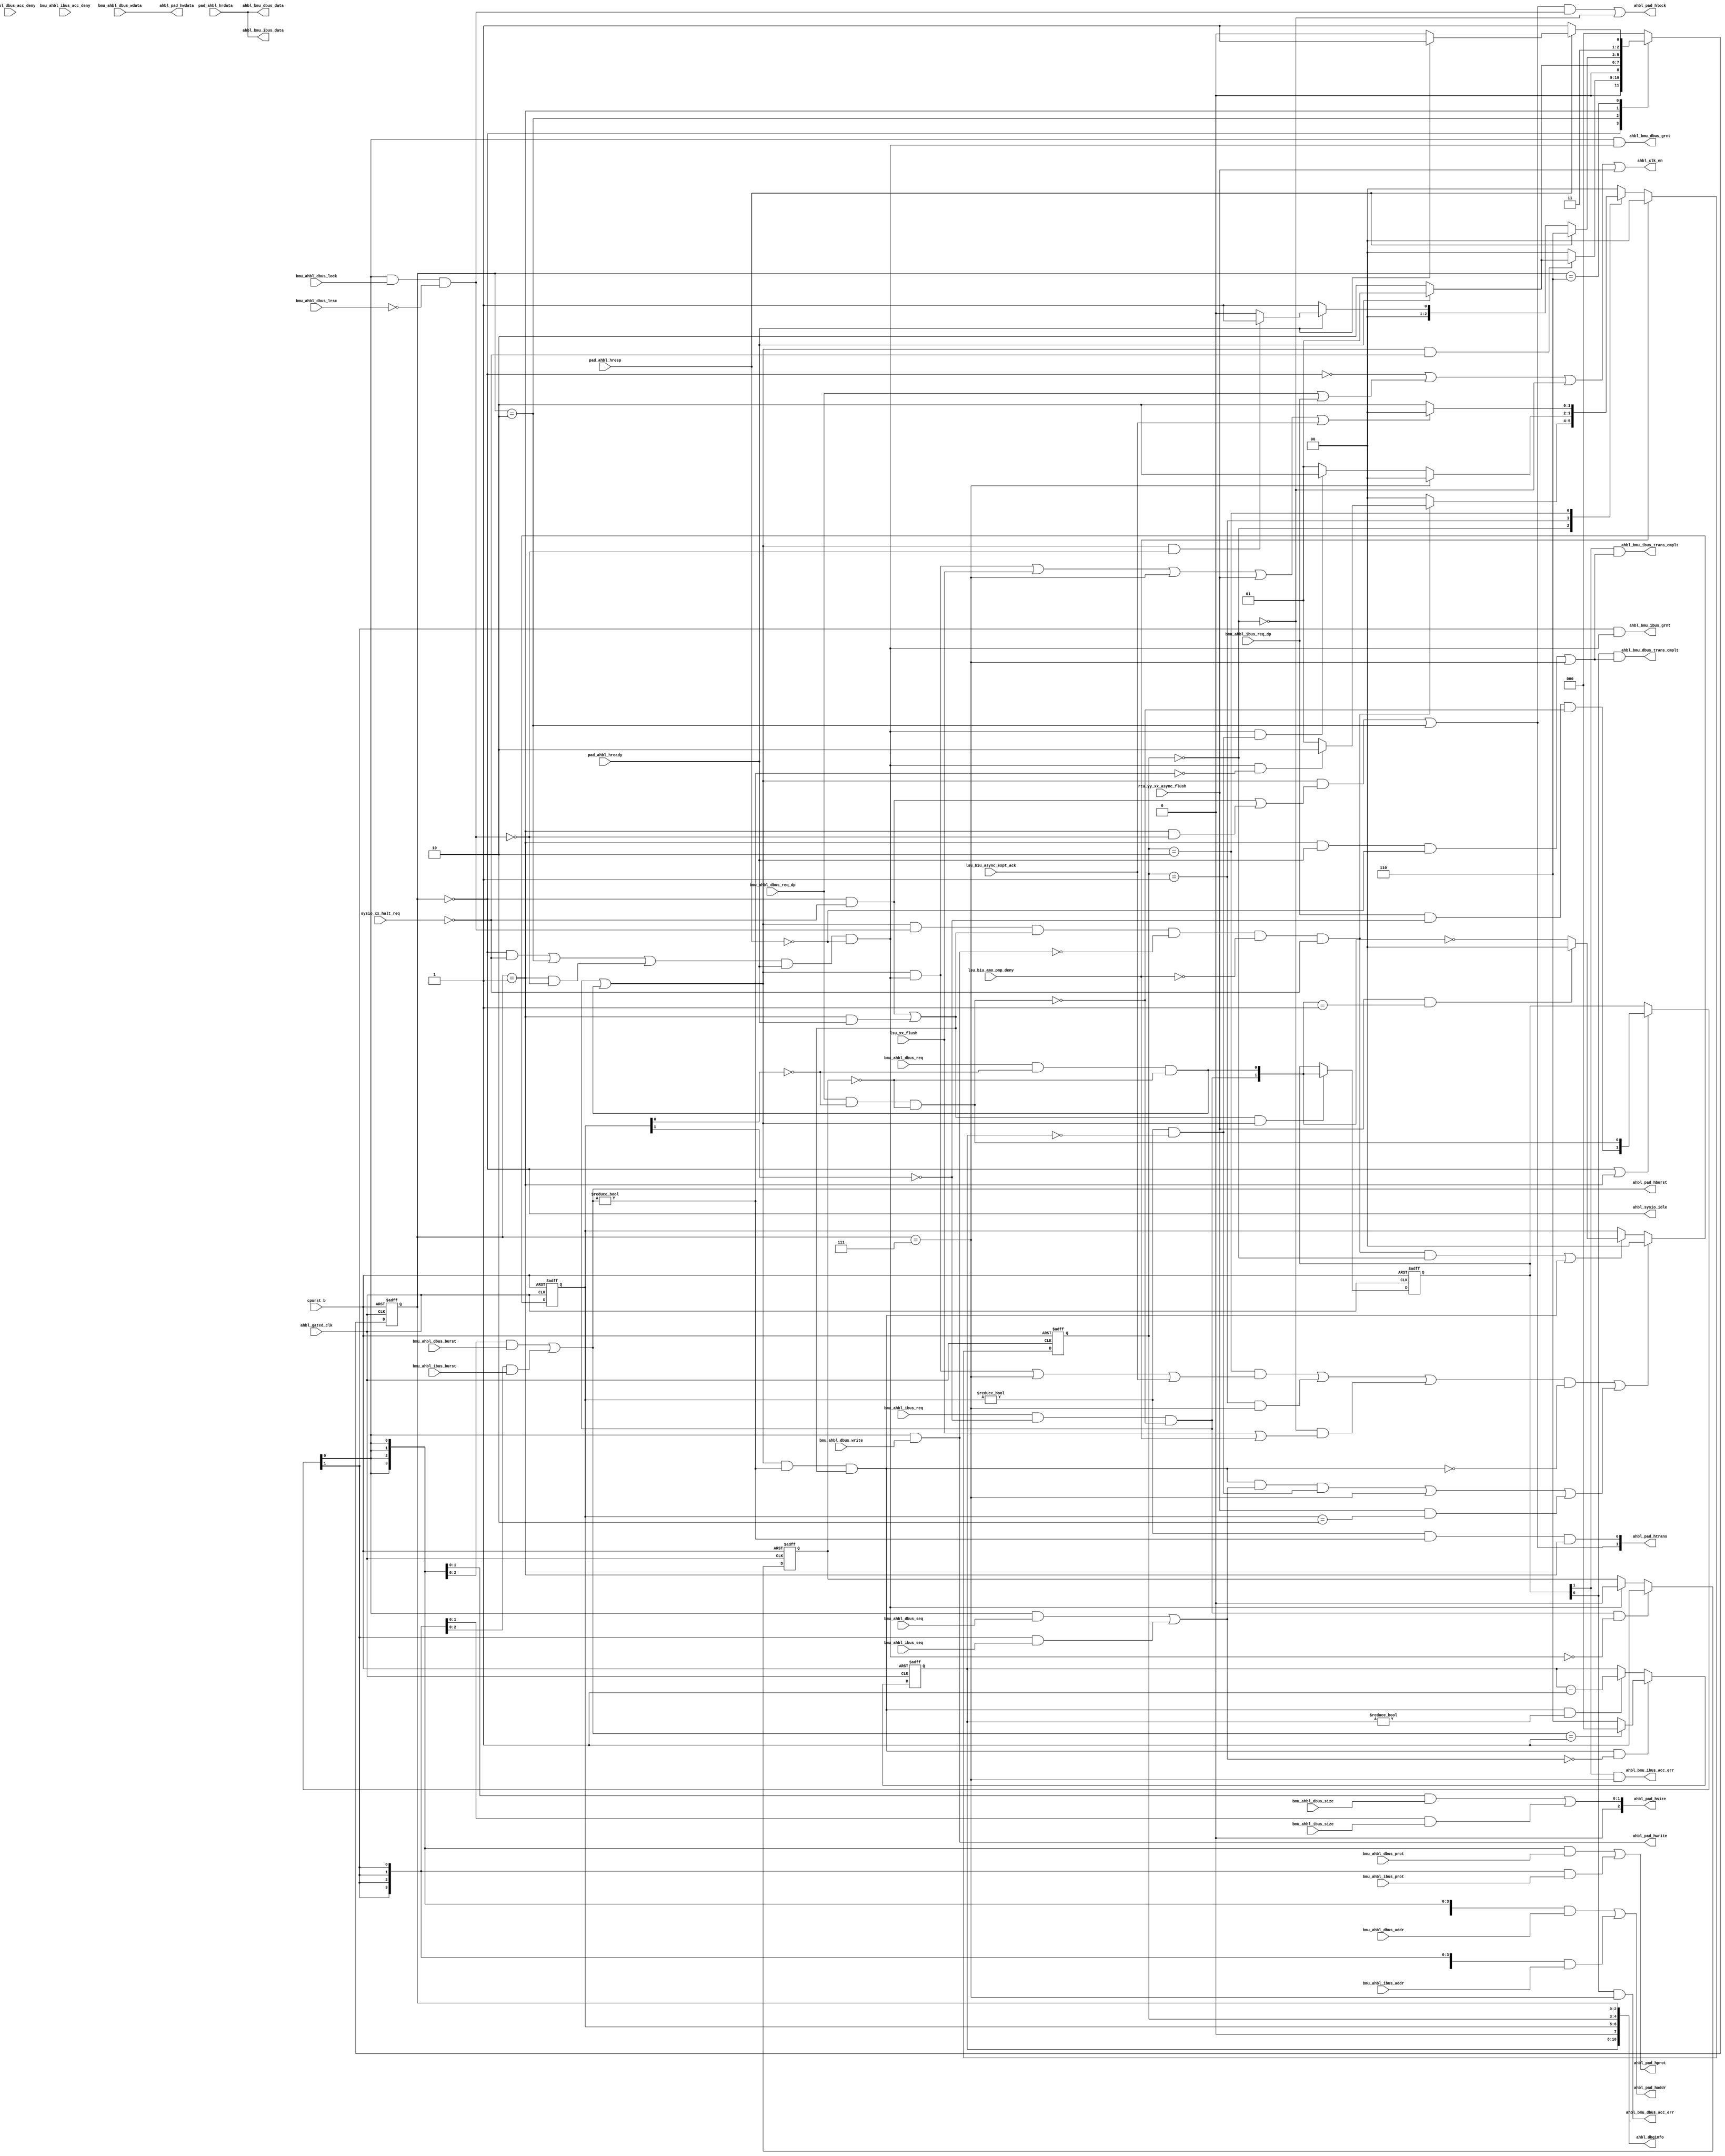
/*Copyright 2020-2021 T-Head Semiconductor Co., Ltd.

Licensed under the Apache License, Version 2.0 (the "License");
you may not use this file except in compliance with the License.
You may obtain a copy of the License at

    http://www.apache.org/licenses/LICENSE-2.0

Unless required by applicable law or agreed to in writing, software
distributed under the License is distributed on an "AS IS" BASIS,
WITHOUT WARRANTIES OR CONDITIONS OF ANY KIND, either express or implied.
See the License for the specific language governing permissions and
limitations under the License.
*/

// &ModuleBeg; @23
module pa_ahbl_if(
  ahbl_bmu_dbus_acc_err,
  ahbl_bmu_dbus_data,
  ahbl_bmu_dbus_grnt,
  ahbl_bmu_dbus_trans_cmplt,
  ahbl_bmu_ibus_acc_err,
  ahbl_bmu_ibus_data,
  ahbl_bmu_ibus_grnt,
  ahbl_bmu_ibus_trans_cmplt,
  ahbl_clk_en,
  ahbl_dbginfo,
  ahbl_gated_clk,
  ahbl_pad_haddr,
  ahbl_pad_hburst,
  ahbl_pad_hlock,
  ahbl_pad_hprot,
  ahbl_pad_hsize,
  ahbl_pad_htrans,
  ahbl_pad_hwdata,
  ahbl_pad_hwrite,
  ahbl_sysio_idle,
  bmu_ahbl_dbus_acc_deny,
  bmu_ahbl_dbus_addr,
  bmu_ahbl_dbus_burst,
  bmu_ahbl_dbus_lock,
  bmu_ahbl_dbus_lrsc,
  bmu_ahbl_dbus_prot,
  bmu_ahbl_dbus_req,
  bmu_ahbl_dbus_req_dp,
  bmu_ahbl_dbus_seq,
  bmu_ahbl_dbus_size,
  bmu_ahbl_dbus_wdata,
  bmu_ahbl_dbus_write,
  bmu_ahbl_ibus_acc_deny,
  bmu_ahbl_ibus_addr,
  bmu_ahbl_ibus_burst,
  bmu_ahbl_ibus_prot,
  bmu_ahbl_ibus_req,
  bmu_ahbl_ibus_req_dp,
  bmu_ahbl_ibus_seq,
  bmu_ahbl_ibus_size,
  cpurst_b,
  lsu_biu_amo_pmp_deny,
  lsu_biu_async_expt_ack,
  lsu_xx_flush,
  pad_ahbl_hrdata,
  pad_ahbl_hready,
  pad_ahbl_hresp,
  rtu_yy_xx_async_flush,
  sysio_xx_halt_req
);

// &Ports; @24
input           ahbl_gated_clk;           
input           bmu_ahbl_dbus_acc_deny;   
input   [31:0]  bmu_ahbl_dbus_addr;       
input   [2 :0]  bmu_ahbl_dbus_burst;      
input           bmu_ahbl_dbus_lock;       
input           bmu_ahbl_dbus_lrsc;       
input   [3 :0]  bmu_ahbl_dbus_prot;       
input           bmu_ahbl_dbus_req;        
input           bmu_ahbl_dbus_req_dp;     
input           bmu_ahbl_dbus_seq;        
input   [1 :0]  bmu_ahbl_dbus_size;       
input   [31:0]  bmu_ahbl_dbus_wdata;      
input           bmu_ahbl_dbus_write;      
input           bmu_ahbl_ibus_acc_deny;   
input   [31:0]  bmu_ahbl_ibus_addr;       
input   [2 :0]  bmu_ahbl_ibus_burst;      
input   [3 :0]  bmu_ahbl_ibus_prot;       
input           bmu_ahbl_ibus_req;        
input           bmu_ahbl_ibus_req_dp;     
input           bmu_ahbl_ibus_seq;        
input   [1 :0]  bmu_ahbl_ibus_size;       
input           cpurst_b;                 
input           lsu_biu_amo_pmp_deny;     
input           lsu_biu_async_expt_ack;   
input           lsu_xx_flush;             
input   [31:0]  pad_ahbl_hrdata;          
input           pad_ahbl_hready;          
input           pad_ahbl_hresp;           
input           rtu_yy_xx_async_flush;    
input           sysio_xx_halt_req;        
output          ahbl_bmu_dbus_acc_err;    
output  [31:0]  ahbl_bmu_dbus_data;       
output          ahbl_bmu_dbus_grnt;       
output          ahbl_bmu_dbus_trans_cmplt; 
output          ahbl_bmu_ibus_acc_err;    
output  [31:0]  ahbl_bmu_ibus_data;       
output          ahbl_bmu_ibus_grnt;       
output          ahbl_bmu_ibus_trans_cmplt; 
output          ahbl_clk_en;              
output  [10:0]  ahbl_dbginfo;             
output  [31:0]  ahbl_pad_haddr;           
output  [2 :0]  ahbl_pad_hburst;          
output          ahbl_pad_hlock;           
output  [3 :0]  ahbl_pad_hprot;           
output  [2 :0]  ahbl_pad_hsize;           
output  [1 :0]  ahbl_pad_htrans;          
output  [31:0]  ahbl_pad_hwdata;          
output          ahbl_pad_hwrite;          
output          ahbl_sysio_idle;          

// &Regs; @25
reg     [2 :0]  ahblif_cur_state;         
reg     [2 :0]  ahblif_nxt_state;         
reg     [2 :0]  burst_cnt;                
reg             ibus_not_grant;           
reg     [1 :0]  lock_cur_state;           
reg     [1 :0]  lock_next_state;          
reg     [1 :0]  req_mask;                 
reg     [1 :0]  req_sel;                  

// &Wires; @26
wire            acc_err;                  
wire            ahbl_bmu_dbus_acc_err;    
wire    [31:0]  ahbl_bmu_dbus_data;       
wire            ahbl_bmu_dbus_grnt;       
wire            ahbl_bmu_dbus_trans_cmplt; 
wire            ahbl_bmu_ibus_acc_err;    
wire    [31:0]  ahbl_bmu_ibus_data;       
wire            ahbl_bmu_ibus_grnt;       
wire            ahbl_bmu_ibus_trans_cmplt; 
wire            ahbl_clk_en;              
wire    [10:0]  ahbl_dbginfo;             
wire            ahbl_gated_clk;           
wire    [31:0]  ahbl_pad_haddr;           
wire    [2 :0]  ahbl_pad_hburst;          
wire            ahbl_pad_hlock;           
wire    [3 :0]  ahbl_pad_hprot;           
wire    [2 :0]  ahbl_pad_hsize;           
wire    [1 :0]  ahbl_pad_htrans;          
wire    [31:0]  ahbl_pad_hwdata;          
wire            ahbl_pad_hwrite;          
wire            ahbl_sysio_idle;          
wire            ahblif_req_idle;          
wire            ahblif_req_idle_dp;       
wire    [31:0]  bmu_ahbl_dbus_addr;       
wire    [2 :0]  bmu_ahbl_dbus_burst;      
wire            bmu_ahbl_dbus_lock;       
wire            bmu_ahbl_dbus_lrsc;       
wire    [3 :0]  bmu_ahbl_dbus_prot;       
wire            bmu_ahbl_dbus_req;        
wire            bmu_ahbl_dbus_req_dp;     
wire            bmu_ahbl_dbus_seq;        
wire    [1 :0]  bmu_ahbl_dbus_size;       
wire    [31:0]  bmu_ahbl_dbus_wdata;      
wire            bmu_ahbl_dbus_write;      
wire    [31:0]  bmu_ahbl_ibus_addr;       
wire    [2 :0]  bmu_ahbl_ibus_burst;      
wire    [3 :0]  bmu_ahbl_ibus_prot;       
wire            bmu_ahbl_ibus_req;        
wire            bmu_ahbl_ibus_req_dp;     
wire            bmu_ahbl_ibus_seq;        
wire    [1 :0]  bmu_ahbl_ibus_size;       
wire            burst_clr;                
wire            burst_req;                
wire    [31:0]  bus_rdata;                
wire            bus_ready;                
wire            bus_resp;                 
wire    [31:0]  cpu_addr;                 
wire    [2 :0]  cpu_burst;                
wire            cpu_burst_vld;            
wire            cpu_lock;                 
wire    [3 :0]  cpu_prot;                 
wire            cpu_req;                  
wire            cpu_req_gate;             
wire            cpu_seq;                  
wire    [1 :0]  cpu_size;                 
wire    [31:0]  cpu_wdata;                
wire            cpu_write;                
wire            cpurst_b;                 
wire            dbus_req;                 
wire            dbus_sel;                 
wire            dbus_sel_raw;             
wire            ibus_req;                 
wire            ibus_sel;                 
wire            ibus_sel_raw;             
wire            inc2;                     
wire    [2 :0]  init_cnt_inc;             
wire            lock_clr;                 
wire            lock_cur_idle;            
wire            lock_req_vld;             
wire            lsu_biu_amo_pmp_deny;     
wire            lsu_biu_async_expt_ack;   
wire            lsu_xx_flush;             
wire    [31:0]  pad_ahbl_hrdata;          
wire            pad_ahbl_hready;          
wire            pad_ahbl_hresp;           
wire            req_grnt;                 
wire            req_last;                 
wire    [1 :0]  req_mask_raw;             
wire            req_mask_vld;             
wire    [1 :0]  req_sel_dp;               
wire    [1 :0]  req_valid;                
wire    [1 :0]  req_valid_dp;             
wire            rtu_yy_xx_async_flush;    
wire            sysio_xx_halt_req;        
wire            trans_cmplt;              


parameter DATA_WIDTH = 32;

//==============================================================================
//
//                 AHB LITE master interface FSM
//
//==============================================================================
//1. control one transfer: SINGLE
//2. generate control signals for AHB LITE control signals: HTRANS, HCTRL

//===================================================================
//     parameter description
//IDLE  : wait for the cpu request; when cpu has request and hready, 
//        control information is put on the AHB LITE in this state.
//WFD   : wait for the data from the AHB LITE; if back-to-back 
//        transfer occur, the fsm will stay in the state.
//ERROR : wait for the second phase of the two signal error response.
//ERROR1: generate the error vld signal to cpu.
//===================================================================
parameter IDLE   = 3'b000,
          WFG    = 3'b010,
          WFD    = 3'b001,
          ERROR1 = 3'b110,
          ERROR2 = 3'b111;

//==========================================================
//     FSM main body
//==========================================================
always@(posedge ahbl_gated_clk or negedge cpurst_b)
begin
  if(!cpurst_b)
    ahblif_cur_state[2:0] <= IDLE;
  else
    ahblif_cur_state[2:0] <= ahblif_nxt_state[2:0];
end 

// &CombBeg; @64
always @( bus_ready
       or cpu_req
       or sysio_xx_halt_req
       or bus_resp
       or ahblif_cur_state[2:0]
       or cpu_lock)
begin
case(ahblif_cur_state[2:0])
  IDLE: 
  begin
    if(cpu_req & !sysio_xx_halt_req) begin
      if(bus_ready)
        ahblif_nxt_state[2:0] = WFD;
      else //no ready
        ahblif_nxt_state[2:0] = WFG;
    end
    else //no request
      ahblif_nxt_state[2:0] = IDLE;
  end
  WFG: 
  begin
    if(bus_ready)
      ahblif_nxt_state[2:0] = WFD;
    else //no ready
      ahblif_nxt_state[2:0] = WFG;
  end
  WFD:   // in this state[2:0] AHBL wait for the data.
  begin
    if(bus_resp) //resp is ERROR
      ahblif_nxt_state[2:0] = ERROR1;
    else if(!bus_ready) //resp == OK, hready == 0
      ahblif_nxt_state[2:0] = WFD;
    else //resp == OK, hready == 1
    begin
      if(cpu_req & !cpu_lock)
        ahblif_nxt_state[2:0] = WFD;
      else
        ahblif_nxt_state[2:0] = IDLE;
    end
  end
  ERROR1: // error occurs
  begin
    if(bus_resp)               // resp is ERROR
    begin
      if(!bus_ready)           // ready == 0
        ahblif_nxt_state[2:0] = ERROR1;
      else
        ahblif_nxt_state[2:0] = ERROR2; // bus resp is ERROR, hready == 1
    end
    else
      ahblif_nxt_state[2:0] = ERROR2; // bus resp is ERROR, hready == 1
  end
  ERROR2: // error occurs
    ahblif_nxt_state[2:0] = IDLE; 
  default:
    ahblif_nxt_state[2:0] = IDLE;
endcase
// &CombEnd; @115
end

assign ahblif_req_idle_dp = (ahblif_cur_state[2:0] == IDLE) |
                            (ahblif_cur_state[2:0] == WFD);

assign ahblif_req_idle = (ahblif_cur_state[2:0] == IDLE) & !sysio_xx_halt_req |
                         (ahblif_cur_state[2:0] == WFD) & bus_ready;

//===========================================================
//       BUS LOCK
//===========================================================
parameter LOCK_IDLE = 2'b00;
parameter LOCK_WFS  = 2'b01;
parameter LOCK_WFC  = 2'b10;

always@(posedge ahbl_gated_clk or negedge cpurst_b)
begin
  if(!cpurst_b)
    lock_cur_state[1:0] <= LOCK_IDLE;
  else if (lsu_biu_amo_pmp_deny)
    lock_cur_state[1:0] <= LOCK_IDLE;
  else
    lock_cur_state[1:0] <= lock_next_state[1:0];
end

assign lock_req_vld = cpu_req & cpu_lock & ahblif_req_idle & !cpu_write & !lsu_biu_amo_pmp_deny & !sysio_xx_halt_req;

// &CombBeg; @142
always @( req_grnt
       or req_last
       or cpu_req
       or lsu_biu_async_expt_ack
       or lock_req_vld
       or cpu_burst_vld
       or acc_err
       or lsu_xx_flush
       or lock_cur_state[1:0]
       or rtu_yy_xx_async_flush)
begin
  case(lock_cur_state[1:0])
  LOCK_IDLE: begin
    if (lock_req_vld)
      lock_next_state[1:0] = (req_grnt & !cpu_burst_vld) ? LOCK_WFC : LOCK_WFS;
    else 
      lock_next_state[1:0] = LOCK_IDLE;
  end
  LOCK_WFS: begin
    if (acc_err)
      lock_next_state[1:0] = LOCK_IDLE;
    else if (req_grnt & req_last)
      lock_next_state[1:0] = LOCK_WFC;
    else
      lock_next_state[1:0] = LOCK_WFS;
  end
  LOCK_WFC: begin
    if (cpu_req & req_grnt | lsu_xx_flush | acc_err | rtu_yy_xx_async_flush | lsu_biu_async_expt_ack)
      lock_next_state[1:0] = LOCK_IDLE;
    else 
      lock_next_state[1:0] = LOCK_WFC;
  end
  default: lock_next_state[1:0] = LOCK_IDLE;
  endcase
// &CombEnd; @166
end

assign lock_cur_idle =  lock_cur_state[1:0] == LOCK_IDLE;
assign lock_clr  = (lock_cur_state[1:0] == LOCK_WFC) & (cpu_req & req_grnt | acc_err | lsu_biu_async_expt_ack) |
                   (lock_cur_state[1:0] == LOCK_WFS) & acc_err |
                   !lock_cur_idle & (lsu_xx_flush |
                                 lsu_biu_amo_pmp_deny);

assign cpu_burst_vld = cpu_burst[2:0] != 3'b000;
assign burst_req     = cpu_req & cpu_burst_vld & ahblif_req_idle;
assign burst_clr     = burst_req & cpu_seq & req_last | acc_err | rtu_yy_xx_async_flush & (req_mask[1:0] == 2'b10);

assign req_mask_raw[1:0] = rtu_yy_xx_async_flush & (req_valid[1:0] == 2'b01)
                         ? 2'b0
                         : ~req_valid[1:0];

always@(posedge ahbl_gated_clk or negedge cpurst_b)
begin
  if(!cpurst_b)
    req_mask[1:0] <= 2'b0;
  else if (lock_clr & !burst_req | burst_clr)
    req_mask[1:0] <= 2'b0;
  else if (lock_req_vld & lock_cur_idle | burst_req)
    req_mask[1:0] <= req_mask_raw[1:0];
end

assign req_mask_vld = req_mask[1:0] != 2'b00;

always@(posedge ahbl_gated_clk or negedge cpurst_b)
begin
  if(!cpurst_b)
    burst_cnt[2:0] <= 3'b0;
  else if (burst_req & !cpu_seq)
    burst_cnt[2:0] <= init_cnt_inc[2:0];
  else if (burst_req & burst_cnt[2:0] != 3'b0)
    burst_cnt[2:0] <= burst_cnt[2:0] - 3'b001;
end

assign inc2 = cpu_burst[2:0] == 3'b001;
assign init_cnt_inc[2:0] = inc2 ? 3'b000 : 3'b110;
//assign init_cnt[2:0]     = inc2 ? 3'b001 : 3'b111;
assign req_last = req_mask_vld & burst_cnt[2:0] == 3'b000;

//===========================================================
//     FSM output signal 
//===========================================================
// &Force("input","bmu_ahbl_dbus_acc_deny"); @212
// &Force("input","bmu_ahbl_ibus_acc_deny"); @213
always@(posedge ahbl_gated_clk or negedge cpurst_b)
begin
  if(!cpurst_b)
    ibus_not_grant <= 1'b0;
  else if (ibus_req & !req_grnt)
    ibus_not_grant <= 1'b1;
  else if (req_grnt)
    ibus_not_grant <= 1'b0;
end

assign dbus_req = bmu_ahbl_dbus_req & !req_mask[0] & !ibus_not_grant;
assign ibus_req = bmu_ahbl_ibus_req & !req_mask[1] & !dbus_sel_raw;
assign cpu_req = ibus_req | dbus_req;

assign req_valid[1:0] = {ibus_req,dbus_req};

assign dbus_sel_raw = bmu_ahbl_dbus_req_dp & !req_mask[0] & !ibus_not_grant;
assign ibus_sel_raw = bmu_ahbl_ibus_req_dp & !req_mask[1] & !dbus_sel_raw;

assign req_valid_dp[1:0] = {ibus_sel_raw, dbus_sel_raw};

always@(posedge ahbl_gated_clk or negedge cpurst_b)
begin
  if(!cpurst_b)
    req_sel[1:0] <= 2'b0;
  else if (ahblif_req_idle & cpu_req)
    req_sel[1:0] <= req_valid[1:0];
end

assign req_sel_dp[1:0] = ahblif_req_idle_dp ? req_valid_dp[1:0] : req_sel[1:0];

assign dbus_sel = req_sel_dp[0];
assign ibus_sel = req_sel_dp[1];

//assign cpu_acc_deny     = dbus_sel       & bmu_ahbl_dbus_acc_deny 
//                        | ibus_sel       & bmu_ahbl_ibus_acc_deny

assign cpu_addr[31:0]   = {32{dbus_sel}} & bmu_ahbl_dbus_addr[31:0]
                        | {32{ibus_sel}} & bmu_ahbl_ibus_addr[31:0];

assign cpu_prot[3:0]    = {4{dbus_sel}}  & bmu_ahbl_dbus_prot[3:0]
                        | {4{ibus_sel}}  & bmu_ahbl_ibus_prot[3:0];

assign cpu_size[1:0]    = {2{dbus_sel}}  & bmu_ahbl_dbus_size[1:0]
                        | {2{ibus_sel}}  & bmu_ahbl_ibus_size[1:0];

assign cpu_seq          = dbus_sel       & bmu_ahbl_dbus_seq 
                        | ibus_sel       & bmu_ahbl_ibus_seq;

assign cpu_burst[2:0]   = {3{dbus_sel}}  & bmu_ahbl_dbus_burst[2:0]
                        | {3{ibus_sel}}  & bmu_ahbl_ibus_burst[2:0];

assign cpu_write        = dbus_sel       & bmu_ahbl_dbus_write;

assign cpu_wdata[DATA_WIDTH-1:0]  = bmu_ahbl_dbus_wdata[DATA_WIDTH-1:0];

assign cpu_lock         = dbus_sel & bmu_ahbl_dbus_lock & !bmu_ahbl_dbus_lrsc;
//assign cpu_lrsc         = dbus_sel & bmu_ahbl_dbus_lrsc;

//assign cpu_amo          = cpu_lock & !cpu_lrsc;

//==========================================================
//     interface to AHBL
//==========================================================
//output
// &Force("output","ahbl_pad_htrans"); @279
assign ahbl_pad_htrans[1] = cpu_req & ((ahblif_cur_state[2:0]==IDLE) & !sysio_xx_halt_req | 
                                       (ahblif_cur_state[2:0]==WFD) & !cpu_lock) | 
                                       (ahblif_cur_state[2:0]==WFG);

assign ahbl_pad_htrans[0] = req_mask_vld & cpu_burst_vld & (ahblif_cur_state[2:0]==WFD);

assign ahbl_pad_haddr[31:0] = cpu_addr[31:0];
assign ahbl_pad_hwrite      = cpu_write;
assign ahbl_pad_hsize[2:0]  = {1'b0, cpu_size[1:0]};
assign ahbl_pad_hprot[3:0]  = cpu_prot[3:0];
assign ahbl_pad_hburst[2:0] = cpu_burst[2:0];
assign ahbl_pad_hlock       = ahbl_pad_htrans[1] & cpu_lock | !lock_cur_idle;
assign ahbl_pad_hwdata[DATA_WIDTH-1:0] = cpu_wdata[DATA_WIDTH-1:0];
//input
assign bus_ready        = pad_ahbl_hready;
assign bus_resp         = pad_ahbl_hresp;
assign bus_rdata[DATA_WIDTH-1:0] = pad_ahbl_hrdata[DATA_WIDTH-1:0];

//==============================================================================
//                            interface with CPU
//==============================================================================
// cpu grant singal
assign req_grnt = ((ahblif_cur_state[2:0]==IDLE && !sysio_xx_halt_req)
                 || ahblif_cur_state[2:0]==WFG
                 || (ahblif_cur_state[2:0]==WFD) && !cpu_lock)
                 && bus_ready && !bus_resp;

// trans complete singal
assign trans_cmplt  = (ahblif_cur_state[2:0]==WFD) &&  bus_ready && !bus_resp
                   || (ahblif_cur_state[2:0]==ERROR2); //error vld
                    
// access error valid singal
assign acc_err = (ahblif_cur_state[2:0]==ERROR2);

//==========================================================
//           to BMU
//==========================================================
assign ahbl_bmu_ibus_grnt        = req_sel_dp[1] & req_grnt;
assign ahbl_bmu_ibus_trans_cmplt = req_sel[1] & trans_cmplt;
assign ahbl_bmu_ibus_acc_err     = req_sel[1] & acc_err;
assign ahbl_bmu_ibus_data[DATA_WIDTH-1:0] = bus_rdata[DATA_WIDTH-1:0];

assign ahbl_bmu_dbus_grnt        = req_sel_dp[0] & req_grnt;
assign ahbl_bmu_dbus_trans_cmplt = req_sel[0] & trans_cmplt;
assign ahbl_bmu_dbus_acc_err     = req_sel[0] & acc_err;
assign ahbl_bmu_dbus_data[DATA_WIDTH-1:0] = bus_rdata[DATA_WIDTH-1:0];

//==========================================================
//     BIU CLK EN
//==========================================================

assign cpu_req_gate    = bmu_ahbl_dbus_req_dp | 
                         bmu_ahbl_ibus_req_dp;

assign ahbl_clk_en     = !(ahblif_cur_state[2:0]==IDLE) | cpu_req_gate |
                         !(lock_cur_state[1:0]==LOCK_IDLE) | 
                         rtu_yy_xx_async_flush;
assign ahbl_sysio_idle = (ahblif_cur_state[2:0]==IDLE);

assign ahbl_dbginfo[10:0] = {burst_cnt[2:0],1'b0,req_mask[1:0],lock_cur_state[1:0],ahblif_cur_state[2:0]};

//     &Force("nonport",   "dbus_ibus_cmpt"); @386
//     &Force("nonport",   "ibus_req_reg"); @387

// &ModuleEnd; @390
endmodule